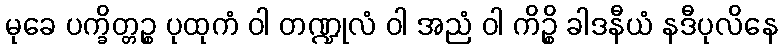
မုခေ ပက္ခိတ္တဉ္စ ပုထုကံ ဝါ တဏ္ဍုလံ ဝါ အညံ ဝါ ကိဉ္စိ ခါဒနီယံ နဒီပုလိနေ